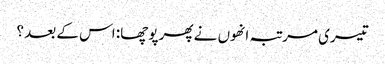
تیسری مرتبہ انھوں نے پھر پوچھا: اس کے بعد ؟